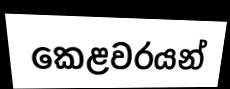
කෙළවරයන්